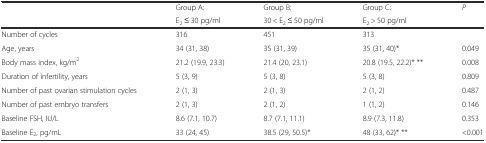
<table><thead><tr><td rowspan="2"></td><td><b>Group A:</b></td><td><b>Group B:</b></td><td><b>Group C:</b></td><td rowspan="2"><b><i>P</i></b></td></tr><tr><td><b>E<sub>2</sub> ≤ 30 pg/ml</b></td><td><b>30 &lt; E<sub>2</sub> ≤ 50 pg/ml</b></td><td><b>E<sub>2</sub> &gt; 50 pg/ml</b></td></tr></thead><tbody><tr><td>Number of cycles</td><td>316</td><td>451</td><td>313</td><td></td></tr><tr><td>Age, years</td><td>34 (31, 38)</td><td>35 (31, 39)</td><td>35 (31, 40)*</td><td>0.049</td></tr><tr><td>Body mass index, kg/m<sup>2</sup></td><td>21.2 (19.9, 23.3)</td><td>21.4 (20, 23.1)</td><td>20.8 (19.5, 22.2)* **</td><td>0.008</td></tr><tr><td>Duration of infertility, years</td><td>5 (3, 9)</td><td>5 (3, 8)</td><td>5 (3, 8)</td><td>0.809</td></tr><tr><td>Number of past ovarian stimulation cycles</td><td>2 (1, 3)</td><td>2 (1, 3)</td><td>2 (1, 2)</td><td>0.487</td></tr><tr><td>Number of past embryo transfers</td><td>2 (1, 3)</td><td>2 (1, 2)</td><td>1 (1, 2)</td><td>0.146</td></tr><tr><td>Baseline FSH, IU/L</td><td>8.6 (7.1, 10.7)</td><td>8.7 (7.1, 11.1)</td><td>8.9 (7.3, 11.8)</td><td>0.353</td></tr><tr><td>Baseline E<sub>2</sub>, pg/mL</td><td>33 (24, 45)</td><td>38.5 (29, 50.5)*</td><td>48 (33, 62)* **</td><td>&lt;0.001</td></tr></tbody></table>